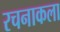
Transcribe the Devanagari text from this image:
रचनाकला